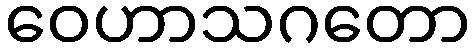
ဝေဟာသဂတော